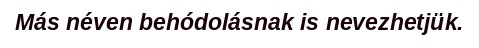
Más néven behódolásnak is nevezhetjük.